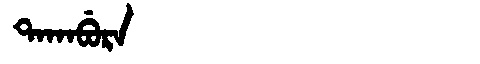
Manchu: ᡨᠠᡴᠠᠪᡠᡵᠠ
Romanization: TAKABURA